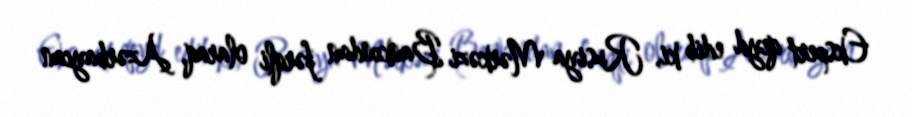
Ekspert qeyd edib ki, Rusiya Mərkəzi Bankından fərqli olaraq, Azərbaycan